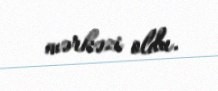
mərkəzi oldu.